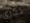
ذكري